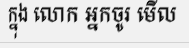
ក្នុង លោក អ្នកចូរ មើល